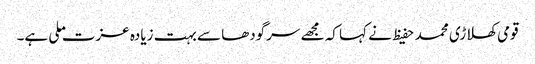
قومی کھلاڑی محمد حفیظ نے کہا کہ مجھے سرگودھا سے بہت زیادہ عزت ملی ہے۔